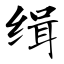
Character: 缉